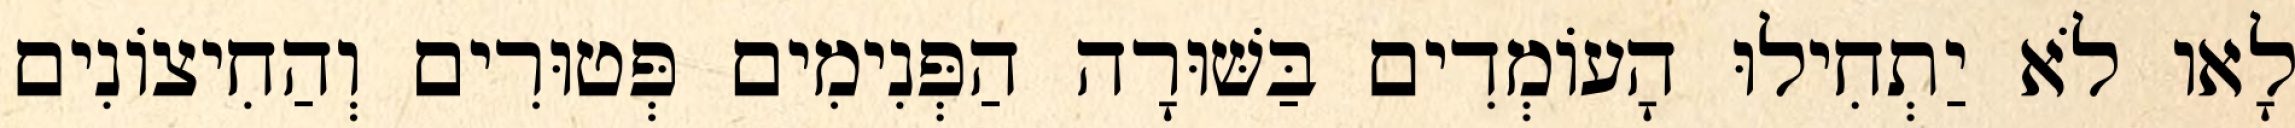
לָאו לֹא יַתְחִילוּ הָעוֹמְדִים בַּשּׁוּרָה הַפְּנִימִים פְּטוּרִים וְהַחִיצוֹנִים